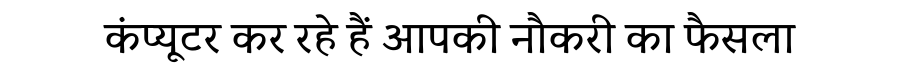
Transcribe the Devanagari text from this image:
कंप्यूटर कर रहे हैं आपकी नौकरी का फैसला